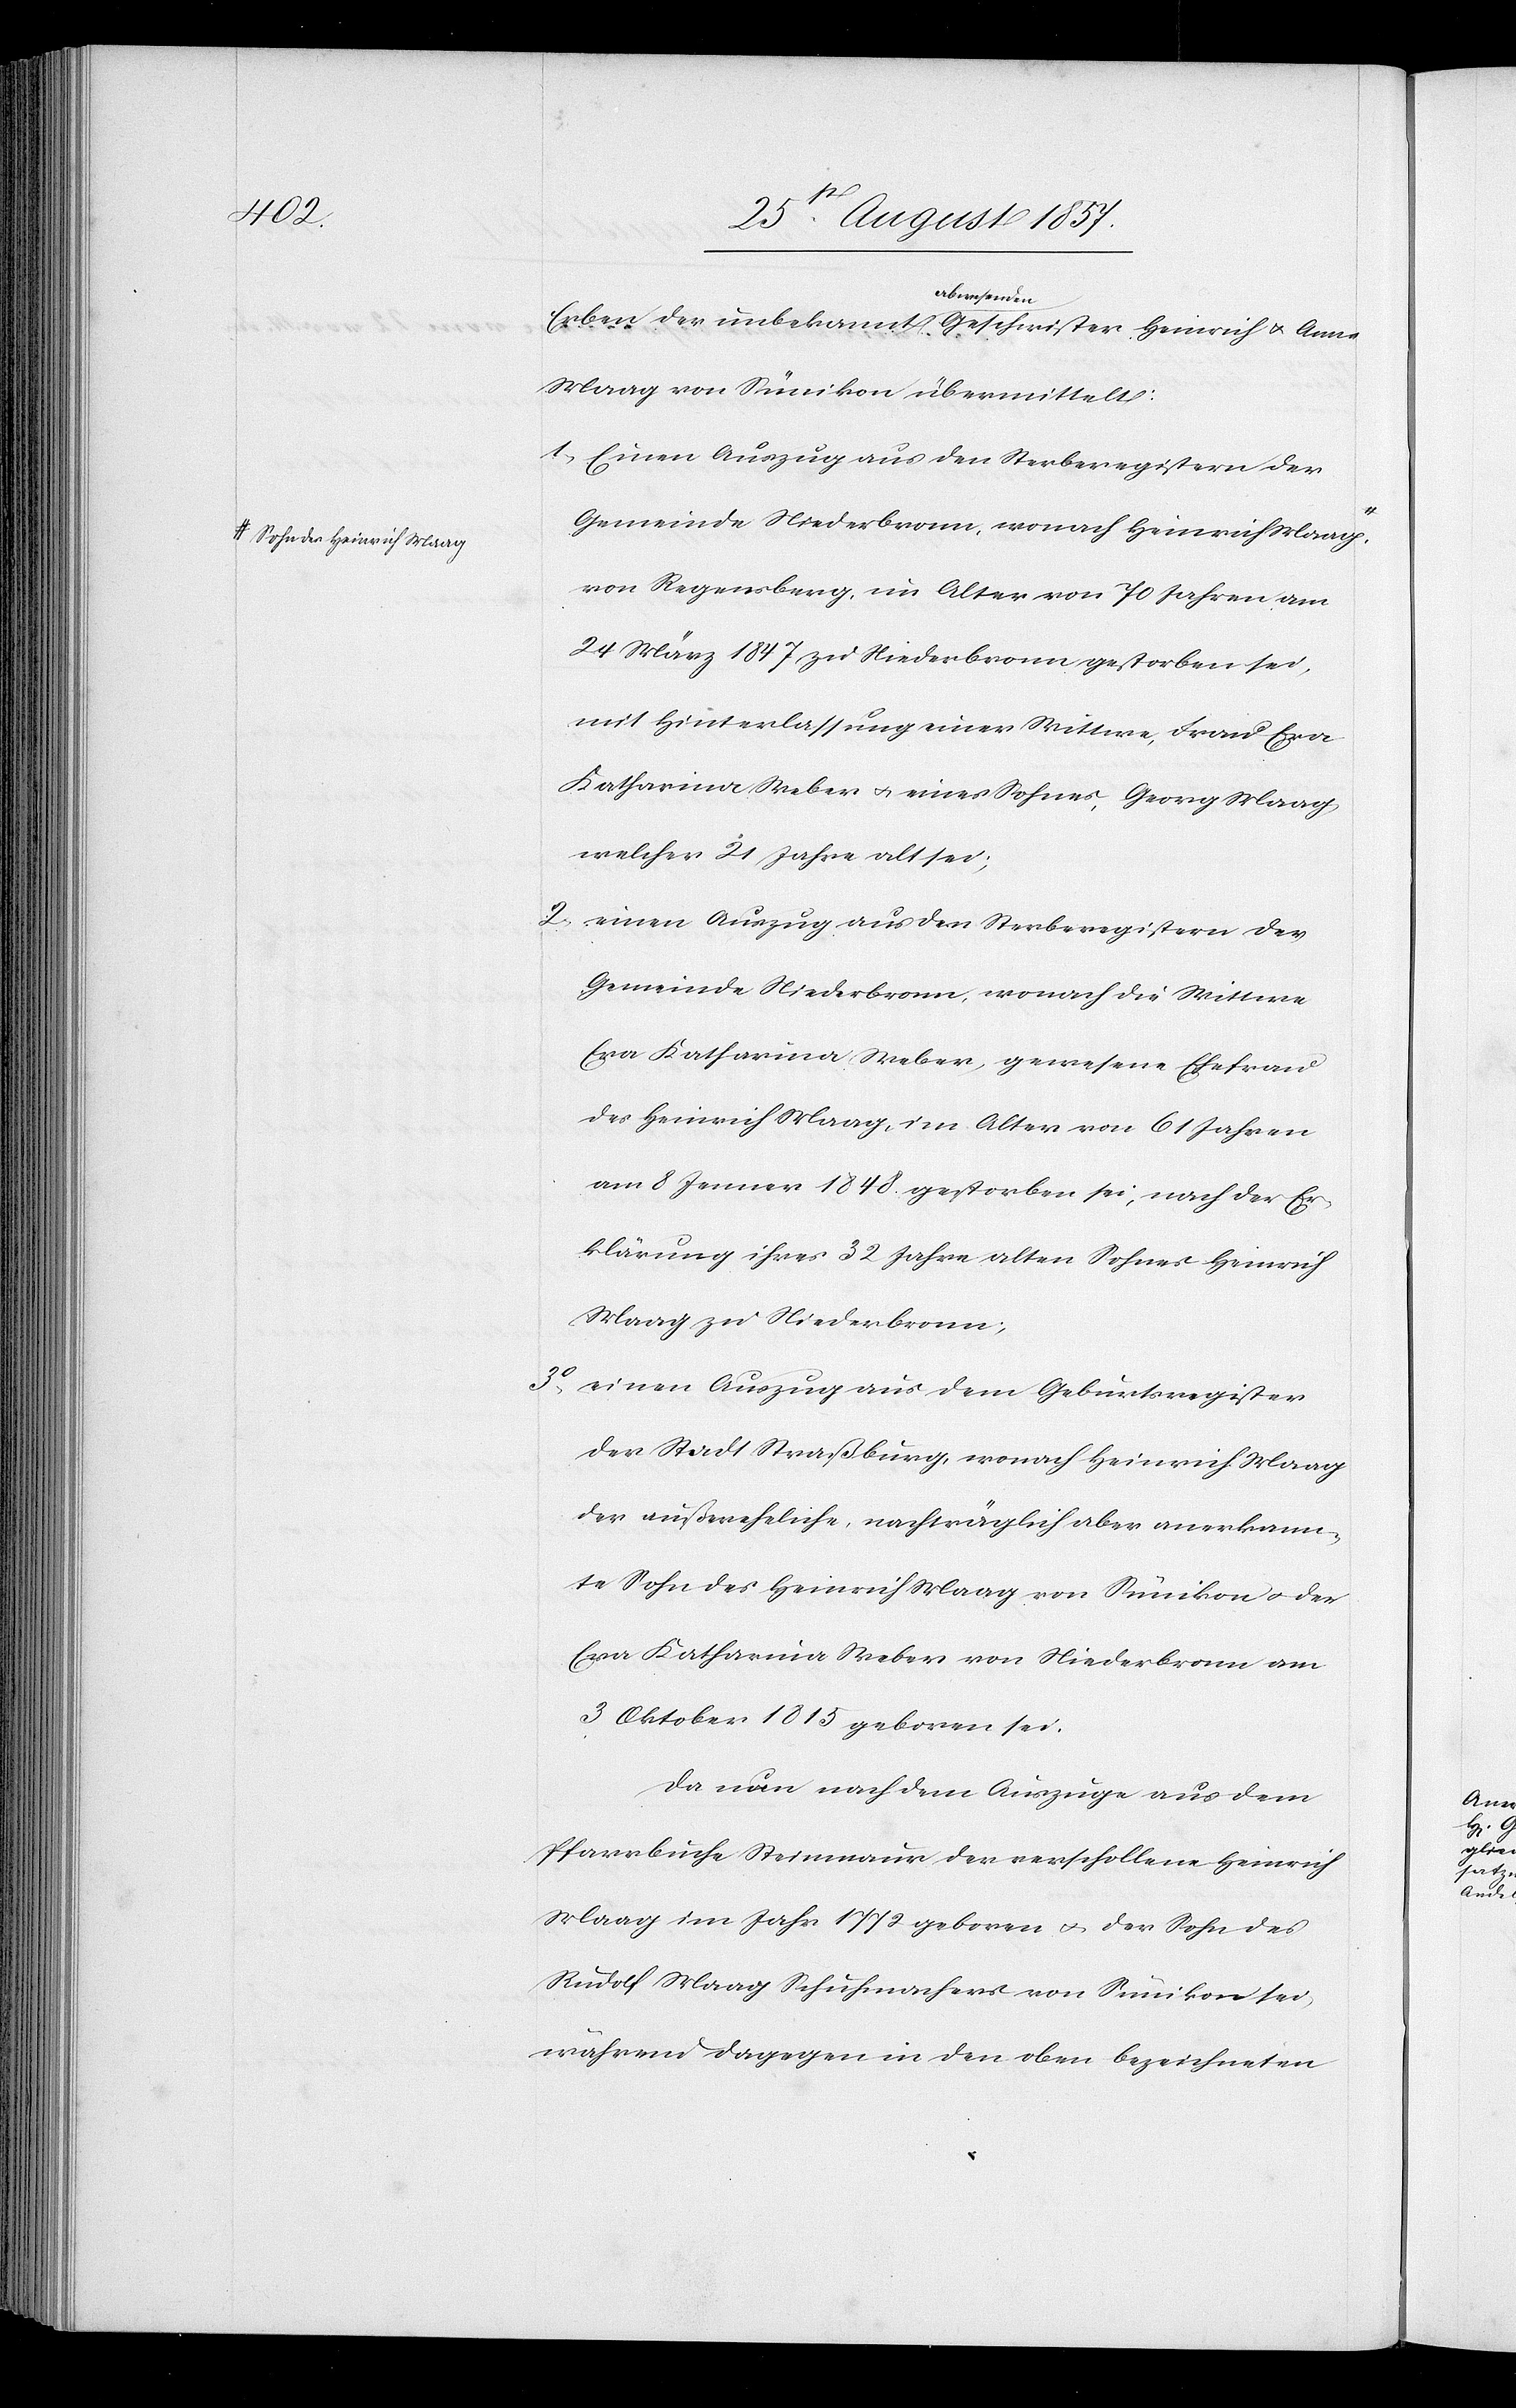
a-Sohn des Heinrich Maag-a

bwesenden
Erben der unbekannt a¬
Jahren
hwister Heinrich & Anna
Maag von Sümikon übermittelt:
1. Einen Auszug aus den Steuerregistern der
Gemeinde Niederbronn, wonach Heinrich Maag
von Regensberg, im Alter von 70 Jahren am
24 März 1847 zu Niederbronn gestorben sei,
mit Hinterlassung einer Wittwe, Frau Eva
Katharina Weber & eines Sohnes, Georg Maag
welcher 21 Jahre alt sei;
2. einen Auszug aus den Sterberegistern der
Gemeinde Niederbronn, wonach die Wittwe
am 8 Jenner 1848 gestorben sei, nach der Er¬
klärung ihres 32 Jahre alten Sohnes Heinrich
Maag zu Niederbronn;
3. einen Auszug aus dem Geburtsregister
der Stadt Straßburg, wonach Heinrich Maag
der außereheliche, nachträglich aber anerkann¬
te Sohn des Heinrich Maag von Sümikon & der
Eva Katharina Weber von Niederbronn am
3 Oktober 1815 geboren sei.
Da nun nach dem Auszuge aus dem
Pfarrbuche Steinmaur der verschollene Heinric¬
h Maag Schuhmacher von Sümikon sei,
während dagegen in den oben bezeichneten